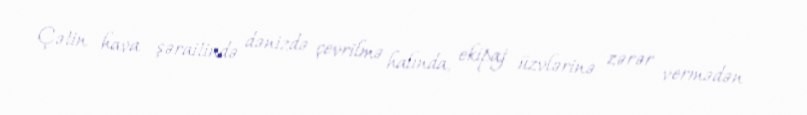
Çətin hava şəraitində dənizdə çevrilmə halında, ekipaj üzvlərinə zərər vermədən